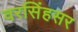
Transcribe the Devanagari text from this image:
वरसिंहसर